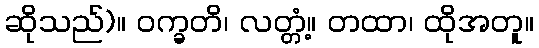
ဆိုသည်)။ ဝက္ခတိ၊ လတ္တံ့။ တထာ၊ ထိုအတူ။